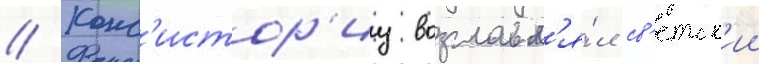
// Конс'истор'иу возглавл'я́л св'етск'ии